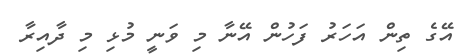
އޭގެ ތިން އަހަރު ފަހުން އޭނާ މި ވަނީ މުޅި މި ދާއިރާ